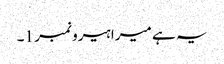
یہ ہے میرا ہیرو نمبر 1۔